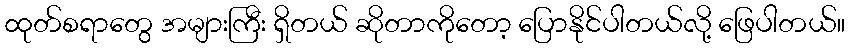
ထုတ်စရာတွေ အများကြီး ရှိတယ် ဆိုတာကိုတော့ ပြောနိုင်ပါတယ်လို့ ဖြေပါတယ်။